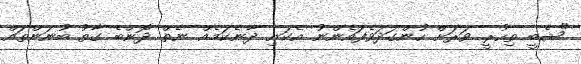
"ޝެބީ ތިހުރީ ވަރަށް ހުންގަދަވެފައެންނު އެކަނި ދާނެކަމެއް ނެތް ދޮންބެ ގާތު ބުނަންތައް